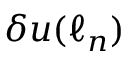
\delta u ( \ell _ { n } )